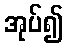
အုပ်၍